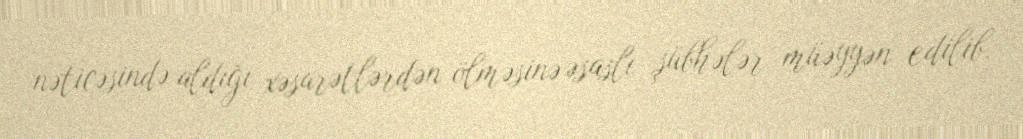
nəticəsində aldığı xəsarətlərdən ölməsinə əsaslı şübhələr müəyyən edilib.